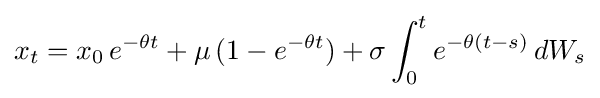
x_{t}=x_{0}\,e^{-\theta t}+\mu \,(1-e^{-\theta t})+\sigma \int _{0}^{t}e^{-\theta (t-s)}\,dW_{s}